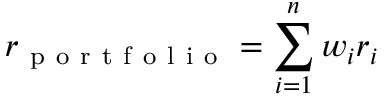
r _ { \mathrm { ~ p ~ o ~ r ~ t ~ f ~ o ~ l ~ i ~ o ~ } } = \sum _ { i = 1 } ^ { n } w _ { i } r _ { i }